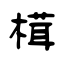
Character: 榵